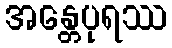
အန္တေပုရဿ